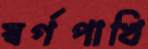
স্বর্গপাখি